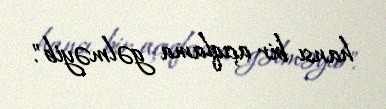
hansı bir açıqlama gəlməyib".